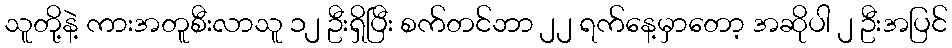
သူတို့နဲ့ ကားအတူစီးလာသူ ၁၂ ဦးရှိပြီး စက်တင်ဘာ ၂၂ ရက်နေ့မှာတော့ အဆိုပါ ၂ ဦးအပြင်